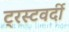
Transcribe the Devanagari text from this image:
ट्रस्टवर्दी